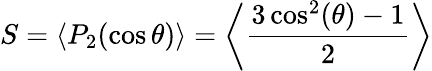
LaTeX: S=\langle P_{2}(\cos\theta)\rangle=\left\langle{\frac{3\cos^{2}(\theta)-1}{2}}\right\rangle